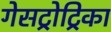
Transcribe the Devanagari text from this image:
गेसट्रोट्रिका